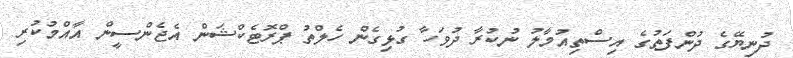
ދުނިޔޭގެ ދުންފަތުގެ އިސްތިއުމާލު ނުކުރާ ދުވަހާ ގުޅިގެން ހެލްތު ޕްރޮޓެކްޝަން އެޖެންސީން އާއްމުކުރި